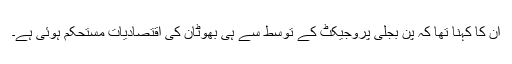
ان کا کہنا تھا کہ پن بجلی پروجیکٹ کے توسط سے ہی بھوٹان کی اقتصادیات مستحکم ہوئی ہے۔